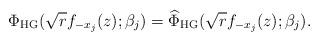
LaTeX: \begin{align*}\Phi_{\mathrm{HG}}(\sqrt{r}f_{-x_{j}}(z);\beta_{j}) = \widehat{\Phi}_{\mathrm{HG}}(\sqrt{r}f_{-x_{j}}(z);\beta_{j}).\end{align*}